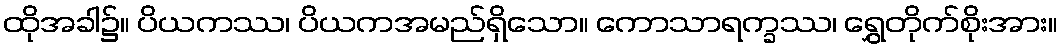
ထိုအခါ၌။ ပိယကဿ၊ ပိယကအမည်ရှိသော။ ကောသာရက္ခဿ၊ ရွှေတိုက်စိုးအား။